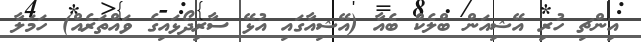
އިންޗި ހުރި އޭޝިއަން ބްލެކް ބެއާ (އޭޝިއާގައި އުޅޭ ސާރިދޯޅައިގެ ވައްތަރެއް) ހަމަލާ